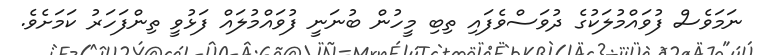
ނަމަވެސް ފުވައްމުލަކުގެ ދުވަސްވެފައި ތިބި މީހުން ބުނަނީ ފުވައްމުލައް ފަޅުވީ ތިންފަހަރު ކަމަށެވެ.